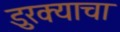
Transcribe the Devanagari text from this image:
डुरक्याचा